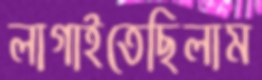
লাগাইতেছিলাম